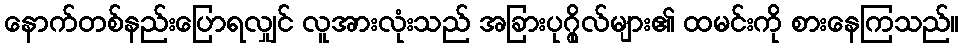
နောက်တစ်နည်းပြောရလျှင် လူအားလုံးသည် အခြားပုဂ္ဂိုလ်များ၏ ထမင်းကို စားနေကြသည်။